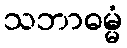
သဘာဓမ္မံ